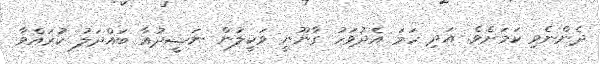
ދެންނެވި ކަމަށެވެ. އަދި ހަމަ އެދުވަހު ގާނޫނީ ވަކީލުން ނަޝީދުއާ ބައްދަލު ކުރައްވާ